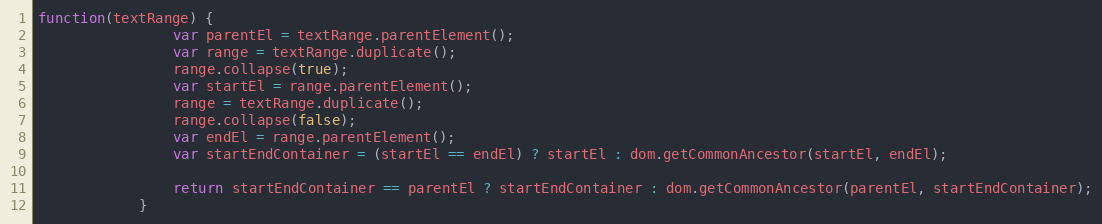
Language: JavaScript
function(textRange) {
                var parentEl = textRange.parentElement();
                var range = textRange.duplicate();
                range.collapse(true);
                var startEl = range.parentElement();
                range = textRange.duplicate();
                range.collapse(false);
                var endEl = range.parentElement();
                var startEndContainer = (startEl == endEl) ? startEl : dom.getCommonAncestor(startEl, endEl);

                return startEndContainer == parentEl ? startEndContainer : dom.getCommonAncestor(parentEl, startEndContainer);
            }